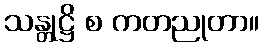
သန္တုဋ္ဌိ စ ကတညုတာ။